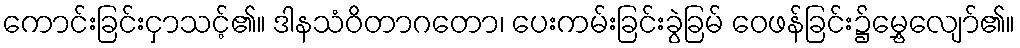
ကောင်းခြင်းငှာသင့်၏။ ဒါနသံဝိတာဂတော၊ ပေးကမ်းခြင်းခွဲခြမ် ဝေဖန်ခြင်း၌မွှေ့လျော်၏။